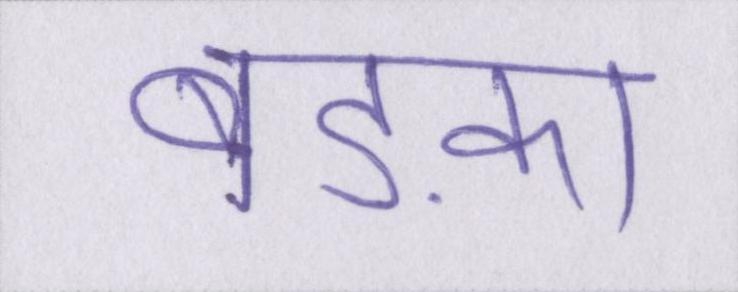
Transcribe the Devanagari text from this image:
बड़का